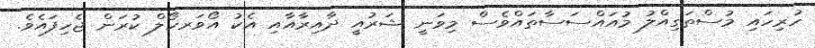
ހުރިހައި މުސްތަގިއްލު މުއައްސަސާތައްވެސް މިވަނީ ޝަރުއީ ދާއިރާއާއި އެކު އޯވަރހޯލް ކުރަން ޖެހިފައެވެ.